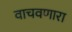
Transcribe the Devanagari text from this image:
वाचवणारा